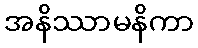
အနိဿာမနိကာ